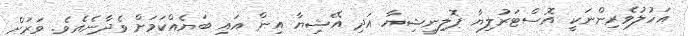
އަހުލުވެރިންނަކީ އޮސްޓަރުލިޔާ ޕޮލިނީޝިޔާ އަދި އޭޝިޔާ އިން އައި ބަޔެއްކަމަށް ވެދާނެއެވެ. ވަރަށް